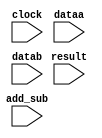
`timescale 1ns / 1ps
//////////////////////////////////////////////////////////////////////////////////
// Company: 
// Engineer: 
// 
// Design Name: 
// Module Name: fpaddsub
// Project Name: 
// Target Devices: 
// Tool Versions: 
// Description: 
// 
// Dependencies: 
// 
// Revision:
// Revision 0.01 - File Created
// Additional Comments:
// 
//////////////////////////////////////////////////////////////////////////////////


module aaa(
    input add_sub,
    input clock,
    input [31:0] dataa,
    input [31:0] datab,
    input [31:0] result
    );
endmodule